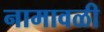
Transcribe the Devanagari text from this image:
नामावळी